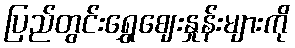
ပြည်တွင်းရွှေဈေးနှုန်းများကို